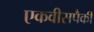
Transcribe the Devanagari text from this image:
एकवीसपैकी